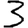
Digit: 3